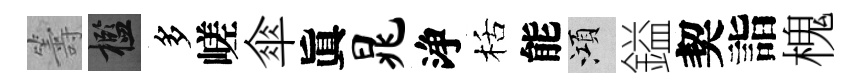
籌檻多嵯傘眞晁浄栝能澒鎰契詣槐